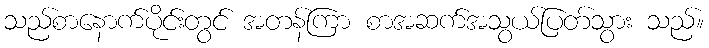
သည်စာနောက်ပိုင်းတွင် အတန်ကြာ စာအဆက်အသွယ်ပြတ်သွား သည်။